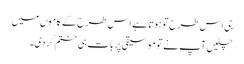
جی اس طرح تو ہوتا ہے اس طرح کے کاموں میں
چلیں آپ نے تو موسیقی پر بات ہی ختم کر دی۔